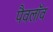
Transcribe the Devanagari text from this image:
पैवलॉव